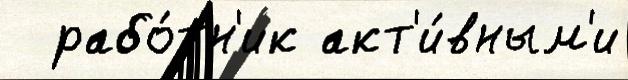
  рабо́тн'ик акт'и́вным'и